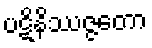
ပဋိနိဿဇ္ဇတော